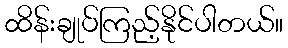
ထိန်းချုပ်ကြည့်နိုင်ပါတယ်။